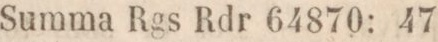
Summa Rgs Rdr 64870: 47